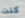
كنت